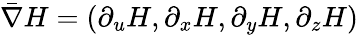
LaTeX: \bar{\nabla}H=(\partial_{u}H,\partial_{x}H,\partial_{y}H,\partial_{z}H)